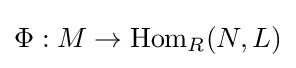
\Phi :M\to \operatorname {Hom} _{R}(N,L)